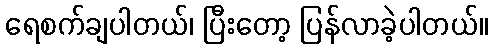
ရေစက်ချပါတယ်၊ ပြီးတော့ ပြန်လာခဲ့ပါတယ်။